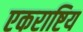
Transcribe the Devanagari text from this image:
एकराष्टिय